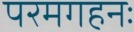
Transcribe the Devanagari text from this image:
परमगहनः